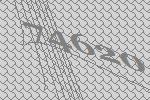
74620